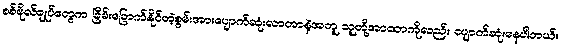
စစ်ဗိုလ်ချုပ်တွေက ခြိမ်းခြောက်နိုင်တဲ့စွမ်းအားပျောက်ဆုံးလာတာနဲ့အတူ သူတို့အာဏာကိုလည်း ပျောက်ဆုံးနေပါတယ်။